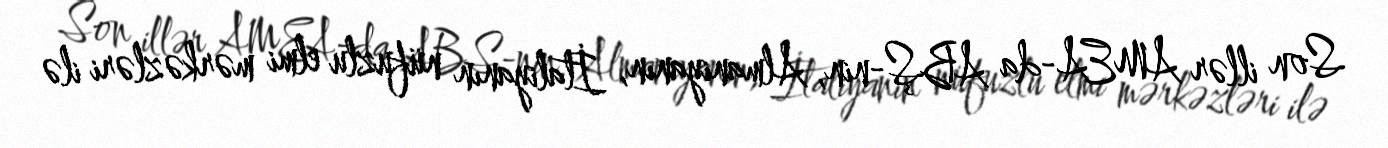
Son illər AMEA-da ABŞ-nin, Almaniyanın, İtaliyanın nüfuzlu elmi mərkəzləri ilə